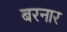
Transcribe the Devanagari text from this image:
बरनार